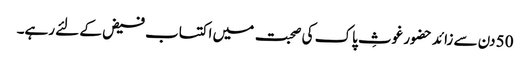
50 دن سے زائد حضور غوثِ پاک کی صحبت میں اکتساب فیض کے لئے رہے۔